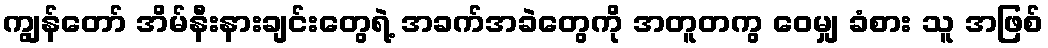
ကျွန်တော် အိမ်နီးနားချင်းတွေရဲ့ အခက်အခဲတွေကို အတူတကွ ဝေမျှ ခံစား သူ အဖြစ်